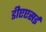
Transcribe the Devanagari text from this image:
डीएएसई